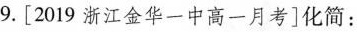
9.[2019 浙江金华一中高一月考]化简: